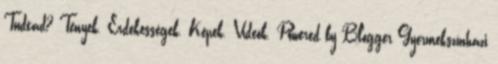
Tudtad? Tények. Érdekességek. Képek. Videók. Powered by Blogger Gyermekszínházi